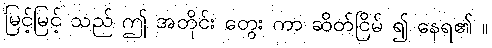
မြင့်မြင့် သည် ဤ အတိုင်း တွေး ကာ ဆိတ်ငြိမ် ၍ နေရ၏ ။